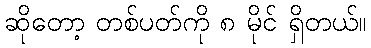
ဆိုတော့ တစ်ပတ်ကို ၈ မိုင် ရှိတယ်။